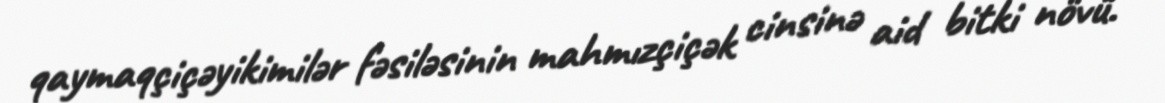
qaymaqçiçəyikimilər fəsiləsinin mahmızçiçək cinsinə aid bitki növü.